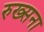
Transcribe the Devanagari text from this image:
रुख्सना